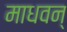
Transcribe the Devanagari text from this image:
माधवन्